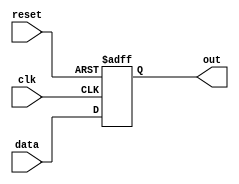
module async_reset_behavioral (
    input wire clk,        // Clock signal
    input wire reset,      // Asynchronous reset signal
    input wire [7:0] data, // Additional input signal (example: 8-bit data input)
    output reg [7:0] out   // Output signal
);

// Define the initial state of the output
initial begin
    out = 8'b00000000; // Default state of output
end

// Always block to handle asynchronous reset and synchronous operation
always @(posedge clk or posedge reset) begin
    if (reset) begin
        // Asynchronous reset: set output to predefined state
        out <= 8'b00000000; // Reset output to 0 (or any predefined state)
    end else begin
        // Normal operation: update output based on input signals
        out <= data; // Example operation: output follows the data input
    end
end

endmodule